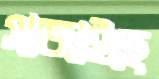
সাজাইছে